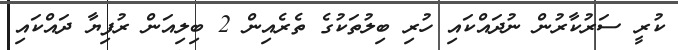
ކުރީ ސަރުކާރުން ނުދައްކައި ހުރި ބިލުތަކުގެ ތެރެއިން 2 ބިލިއަން ރުފިޔާ ދައްކައި